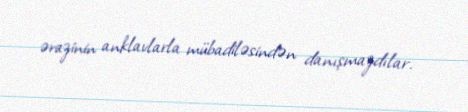
ərazinin anklavlarla mübadiləsindən danışmazdılar.